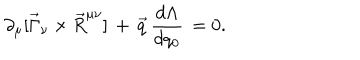
\partial _ { \mu } [ \vec { \Gamma } _ { \nu } \times \vec { R } ^ { \mu \nu } ] \, + \, \vec { q } \, \frac { d \Lambda } { d q _ { 0 } } \, = 0 .